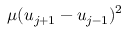
\mu ( u _ { j + 1 } - u _ { j - 1 } ) ^ { 2 }